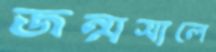
জন্মসালে